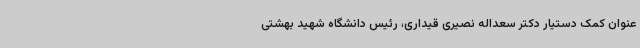
عنوان کمک دستیار دکتر سعداله نصیری قیداری، رئیس دانشگاه شهید بهشتی